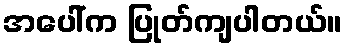
အပေါ်က ပြုတ်ကျပါတယ်။